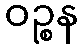
ဝဉ္စန